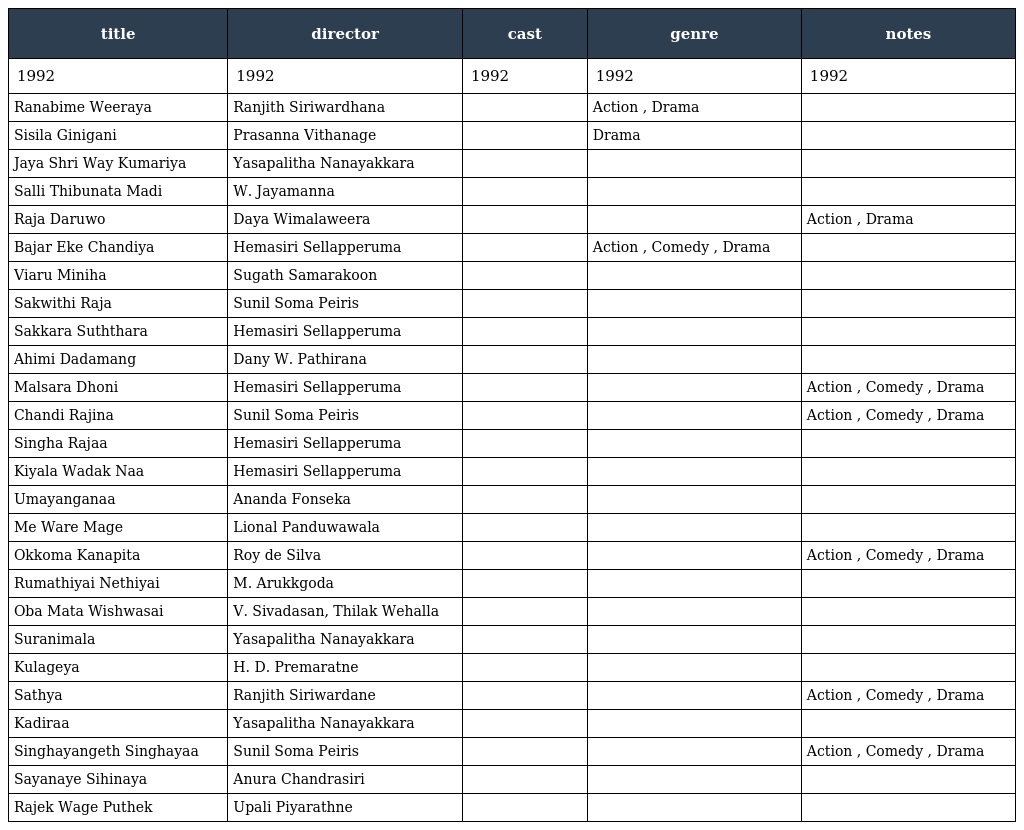
| title | director | cast | genre | notes |
 | --- | --- | --- | --- | --- |
 | 1992 | 1992 | 1992 | 1992 | 1992 |
 | Ranabime Weeraya | Ranjith Siriwardhana |  | Action , Drama |  |
 | Sisila Ginigani | Prasanna Vithanage |  | Drama |  |
 | Jaya Shri Way Kumariya | Yasapalitha Nanayakkara |  |  |  |
 | Salli Thibunata Madi | W. Jayamanna |  |  |  |
 | Raja Daruwo | Daya Wimalaweera |  |  | Action , Drama |
 | Bajar Eke Chandiya | Hemasiri Sellapperuma |  | Action , Comedy , Drama |  |
 | Viaru Miniha | Sugath Samarakoon |  |  |  |
 | Sakwithi Raja | Sunil Soma Peiris |  |  |  |
 | Sakkara Suththara | Hemasiri Sellapperuma |  |  |  |
 | Ahimi Dadamang | Dany W. Pathirana |  |  |  |
 | Malsara Dhoni | Hemasiri Sellapperuma |  |  | Action , Comedy , Drama |
 | Chandi Rajina | Sunil Soma Peiris |  |  | Action , Comedy , Drama |
 | Singha Rajaa | Hemasiri Sellapperuma |  |  |  |
 | Kiyala Wadak Naa | Hemasiri Sellapperuma |  |  |  |
 | Umayanganaa | Ananda Fonseka |  |  |  |
 | Me Ware Mage | Lional Panduwawala |  |  |  |
 | Okkoma Kanapita | Roy de Silva |  |  | Action , Comedy , Drama |
 | Rumathiyai Nethiyai | M. Arukkgoda |  |  |  |
 | Oba Mata Wishwasai | V. Sivadasan, Thilak Wehalla |  |  |  |
 | Suranimala | Yasapalitha Nanayakkara |  |  |  |
 | Kulageya | H. D. Premaratne |  |  |  |
 | Sathya | Ranjith Siriwardane |  |  | Action , Comedy , Drama |
 | Kadiraa | Yasapalitha Nanayakkara |  |  |  |
 | Singhayangeth Singhayaa | Sunil Soma Peiris |  |  | Action , Comedy , Drama |
 | Sayanaye Sihinaya | Anura Chandrasiri |  |  |  |
 | Rajek Wage Puthek | Upali Piyarathne |  |  |  |